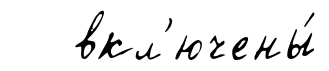
вкл'ючены́